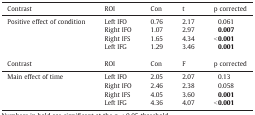
<table><thead><tr><td><b>Contrast</b></td><td><b>ROI</b></td><td><b>Con</b></td><td><b>t</b></td><td><b>p corrected</b></td></tr></thead><tbody><tr><td rowspan="4">Positive effect of condition</td><td>Left IFO</td><td>0.76</td><td>2.17</td><td>0.061</td></tr><tr><td>Right IFO</td><td>1.07</td><td>2.97</td><td><b>0.007</b></td></tr><tr><td>Right IFS</td><td>1.65</td><td>4.34</td><td><b>&lt; 0.001</b></td></tr><tr><td>Left IFG</td><td>1.29</td><td>3.46</td><td><b>0.001</b></td></tr><tr><td colspan="5">  </td></tr><tr><td>Contrast</td><td>ROI</td><td>Con</td><td>F</td><td>p corrected</td></tr><tr><td rowspan="4">Main effect of time</td><td>Left IFO</td><td>2.05</td><td>2.07</td><td>0.13</td></tr><tr><td>Right IFO</td><td>2.46</td><td>2.38</td><td>0.058</td></tr><tr><td>Right IFS</td><td>4.05</td><td>3.60</td><td><b>0.001</b></td></tr><tr><td>Left IFG</td><td>4.36</td><td>4.07</td><td><b>&lt; 0.001</b></td></tr></tbody></table>